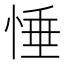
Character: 𢛉